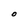
Character: O